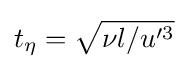
t_{\eta }={\sqrt {\nu l/u^{\prime 3}}}